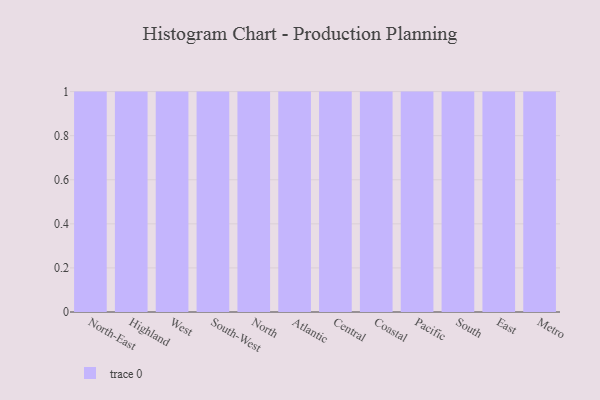
{"axis": {"x": "Region", "y": "Net Income (USD K)"}, "legend": [""], "data": [{"x": "North-East", "y": 7, "type": ""}, {"x": "Highland", "y": 14, "type": ""}, {"x": "West", "y": 93, "type": ""}, {"x": "South-West", "y": 54, "type": ""}, {"x": "North", "y": 81, "type": ""}, {"x": "Atlantic", "y": 92, "type": ""}, {"x": "Central", "y": 36, "type": ""}, {"x": "Coastal", "y": 76, "type": ""}, {"x": "Pacific", "y": 68, "type": ""}, {"x": "South", "y": 60, "type": ""}, {"x": "East", "y": 16, "type": ""}, {"x": "Metro", "y": 31, "type": ""}]}